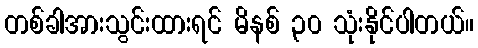
တစ်ခါအားသွင်းထားရင် မိနစ် ၃၀ သုံးနိုင်ပါတယ်။